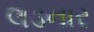
લડનાર